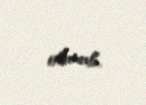
olunub.